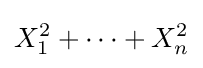
X_{1}^{2}+\cdots +X_{n}^{2}